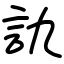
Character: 訅